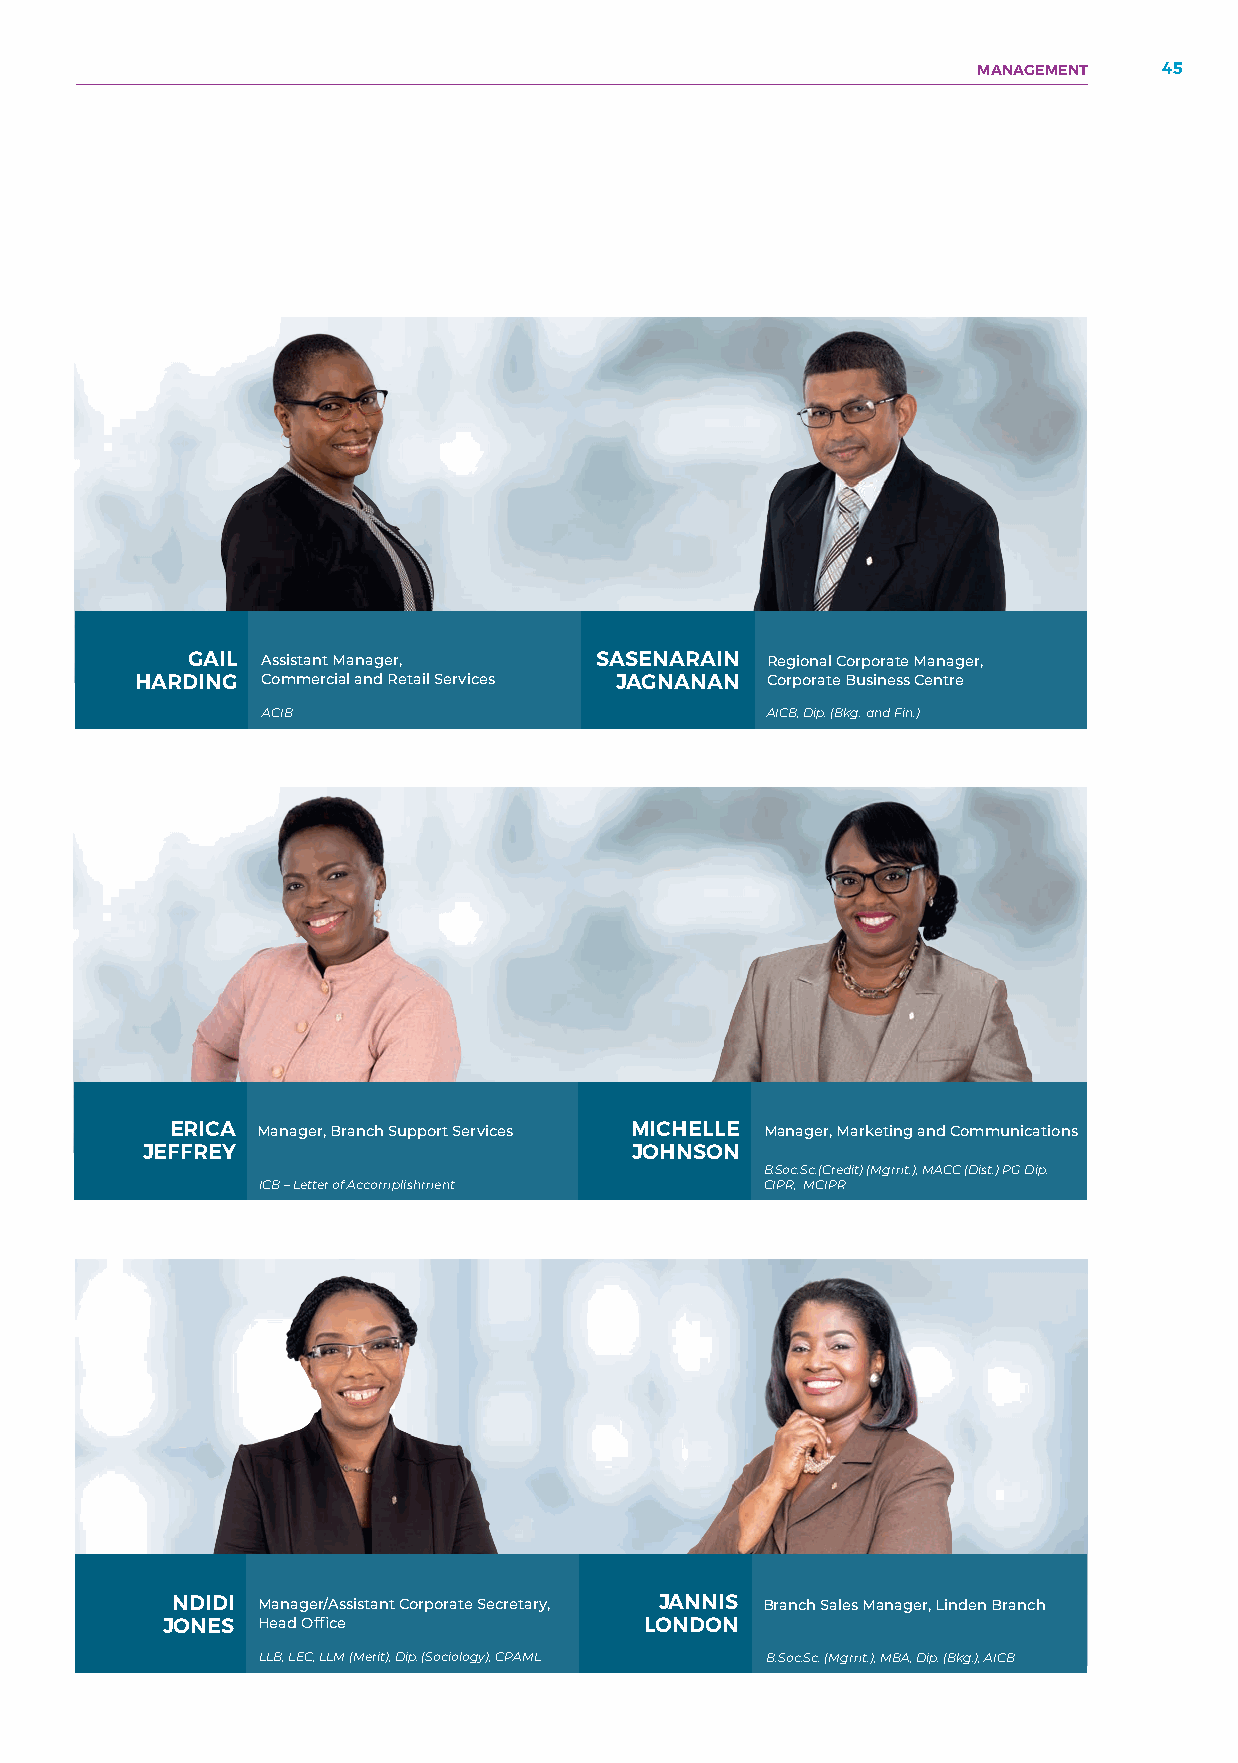
MANAGEMENT  45
 GAIL Assistant Manager,    SASENARAIN  Regional Corporate Manager,
 HARDING Commercial and Retail Services JAGNANAN Corporate Business Centre
 ACIB                              AICB, Dip. (Bkg. and Fin.)
 ERICA Manager, Branch Support Services MICHELLE Manager, Marketing and Communications
 JEFFREY                          JOHNSON
 B.Soc.Sc.(Credit) (Mgmt.), MACC (Dist.) PG Dip.
 ICB – Letter of Accomplishment    CIPR, MCIPR
 NDIDI Manager/Assistant Corporate Secretary, JANNIS Branch Sales Manager, Linden Branch
 JONES Head Office               LONDON
 LLB, LEC, LLM (Merit), Dip. (Sociology), CPAML B.Soc.Sc. (Mgmt.), MBA, Dip. (Bkg.), AICB